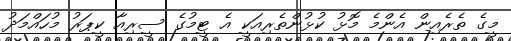
މީގެ ތެރެއިން އެންމެ މޮޅު ކުޅުންތެރިއަކީ އެ ޓީމުގެ ސީރިއާ ކީޕަރު މުހައްމަދު